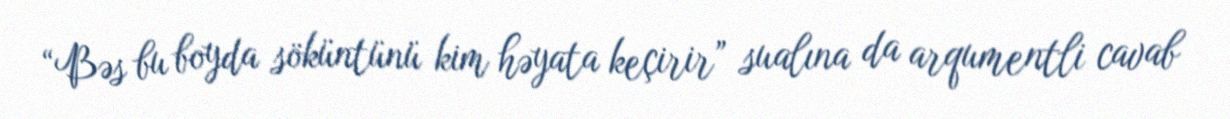
“Bəs bu boyda söküntünü kim həyata keçirir” sualına da arqumentli cavab